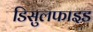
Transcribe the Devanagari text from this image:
डिसुलफाइड